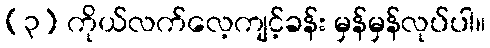
(၃) ကိုယ်လက်လေ့ကျင့်ခန်း မှန်မှန်လုပ်ပါ။